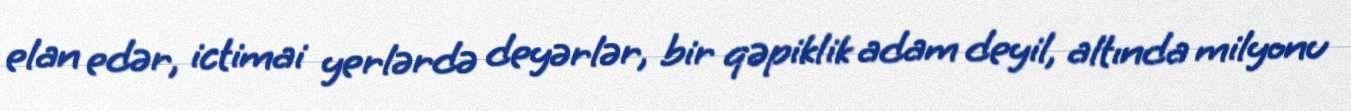
elan edər, ictimai yerlərdə deyərlər, bir qəpiklik adam deyil, altında milyonu